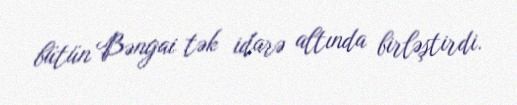
bütün Bəngai tək idarə altında birləştirdi.